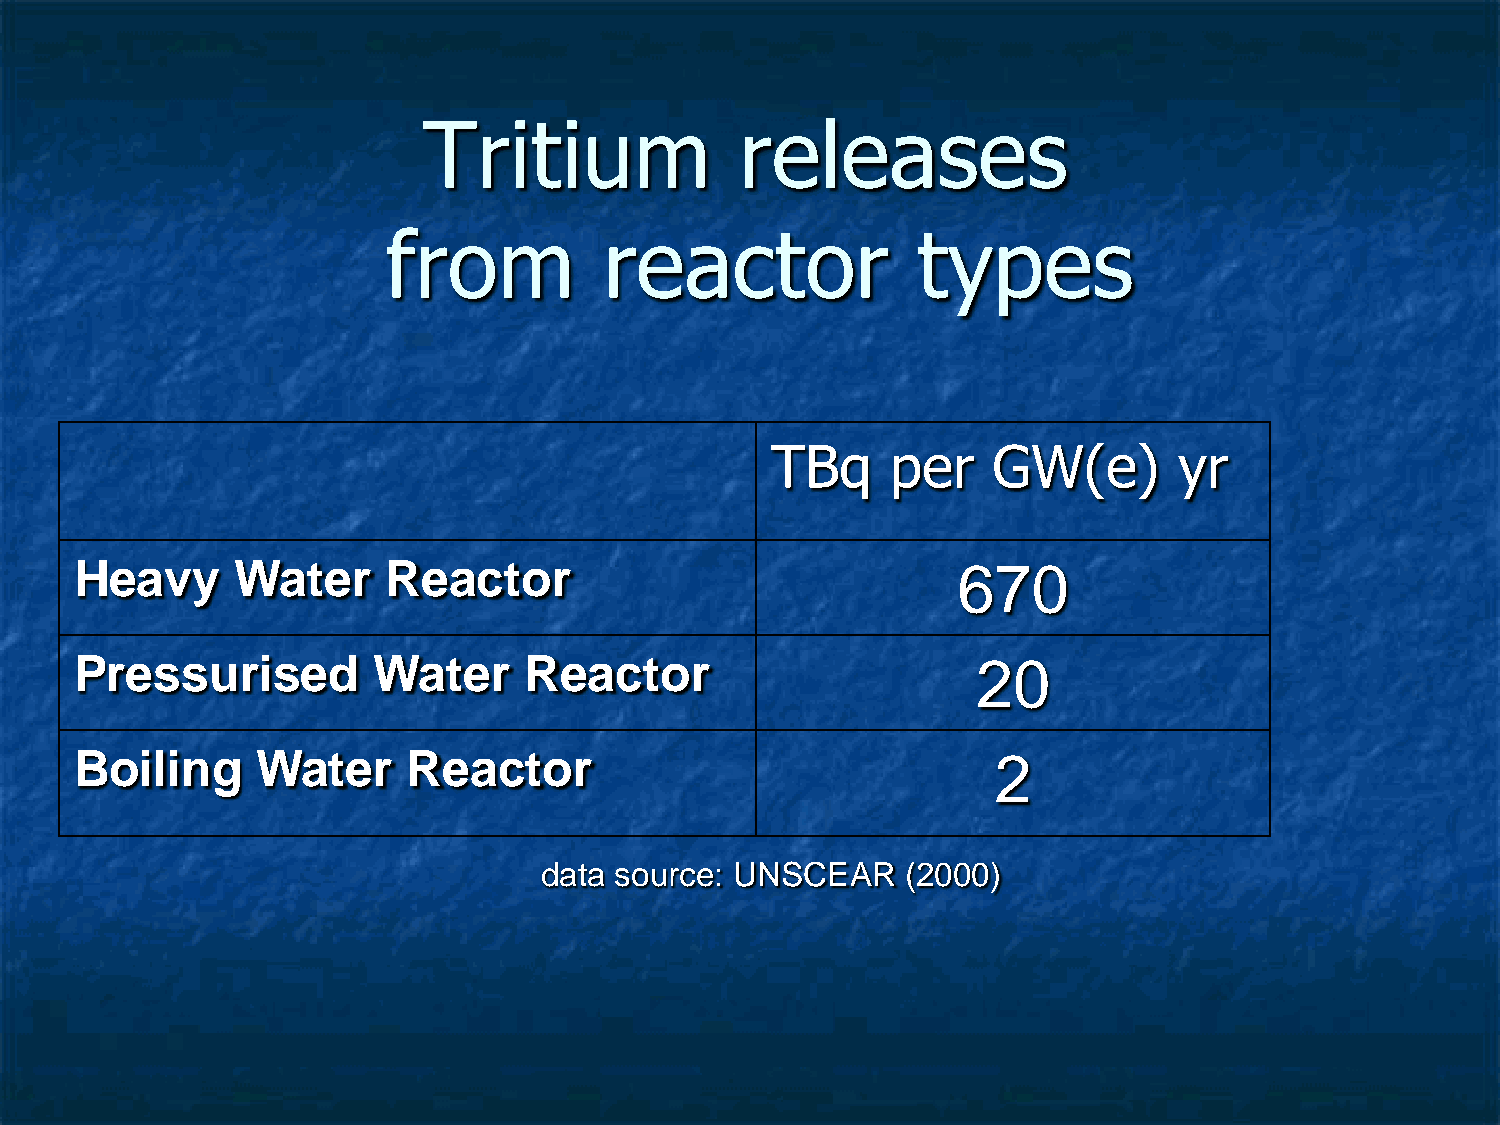
Tritium              releases
 from          reactor              types
 TBq     per    GW(e)       yr
 Heavy      Water     Reactor                              670
 Pressurised         Water     Reactor                       20
 Boiling     Water     Reactor                                2
 data source: UNSCEAR    (2000)